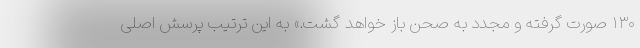
۱۳۰ صورت گرفته و مجدد به صحن باز خواهد گشت.» به این ترتیب پرسش اصلی